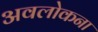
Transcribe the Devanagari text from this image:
अवलोकना